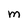
Character: m